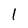
Character: l